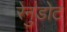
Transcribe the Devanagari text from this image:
रेनुडोट